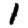
Digit: 1